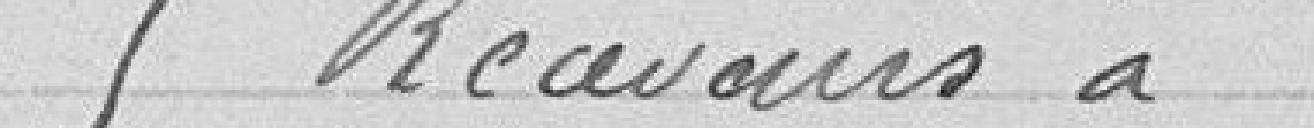
5 receveurs à